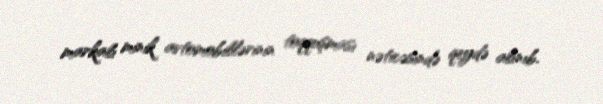
markalı minik avtomobillərinin toqquşması nəticəsində qeydə alınıb.